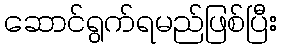
ဆောင်ရွက်ရမည်ဖြစ်ပြီး